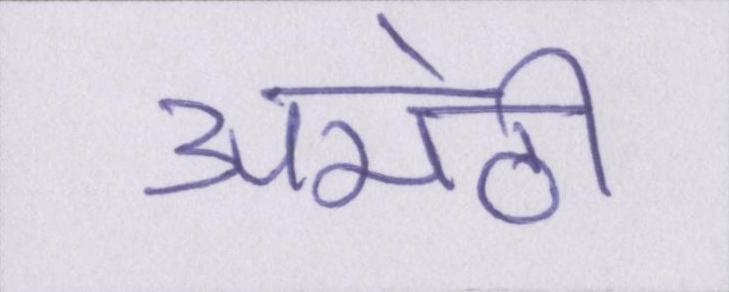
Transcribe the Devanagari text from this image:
अमेठी